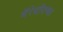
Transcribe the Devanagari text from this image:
मॅरेथॉनच्या